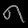
Digit: ၈